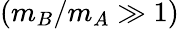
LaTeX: (m_{B}/m_{A}\gg 1)